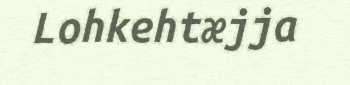
Lohkehtæjja